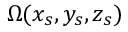
\Omega ( x _ { s } , y _ { s } , z _ { s } )